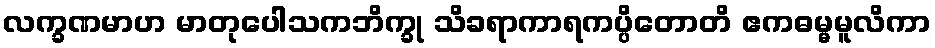
လက္ခဏမာဟ မာတုပေါသကဘိက္ခု သိခရာကာရကပ္ပိတောတိ ဧကဓမ္မမူလိကာ